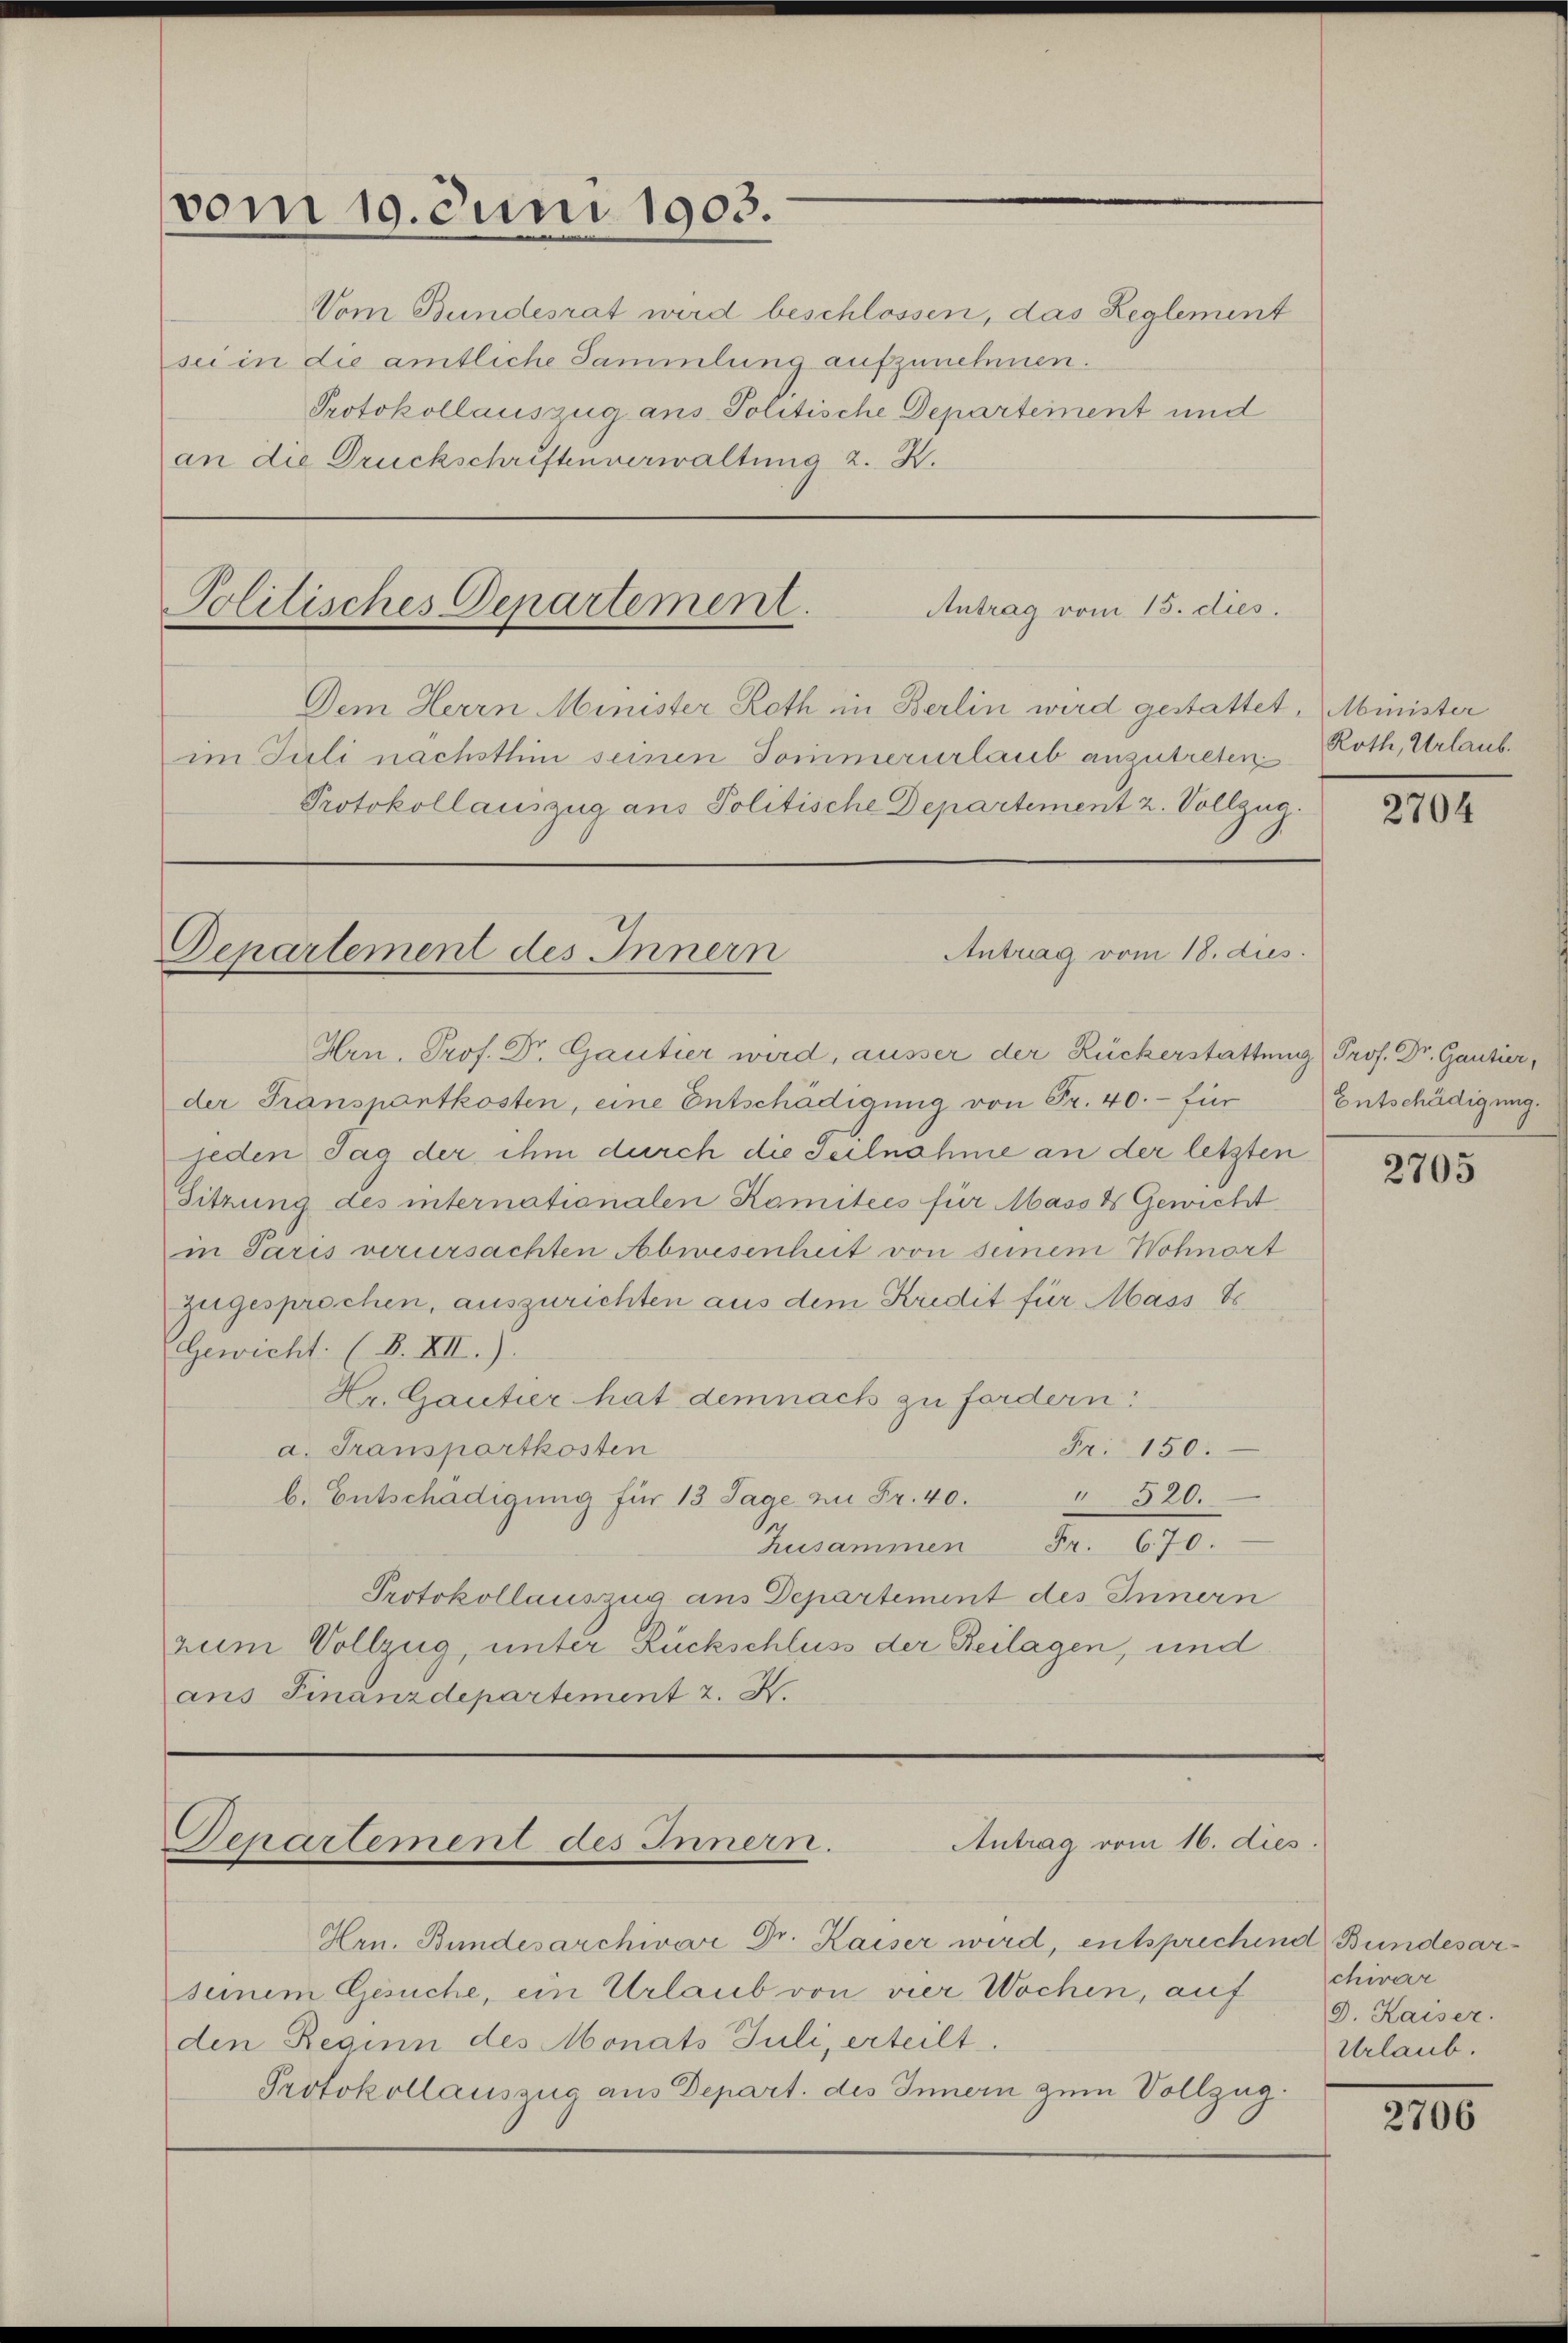
vom 10. Juni 1903.

Protokollauszug ans Politische Departement und
an die Druckschriften verwaltung 2. X.

Politisches Departement.
Antrag vom 15. dies
Dem Herrn Minister Roth in Berlin wird gestattet, Minister

Vom Bundesrat wird beschlossen, das Reglement
sei in die amtliche Sammlung aufzunehmen.

im Juli nächsthin seinen Sommerurlaub anzutreten
Protokollauszug aus Politische Departement 2. Vollzug.

Antrag vom 18. dies
Departement des Innern

Hrn. Prof. Dr. Gautier wird, ausser der Rückerstattung Prof. Dr. Gantier,
der Transportkosten, eine Entschädigung von Fr. 40. für
jeden Tag der ihm durch die Teilnahme an der letzten
Sitzung des internationalen Komitees für Masses Gewicht
in Paris verursachten Abwesenheit von seinem Wohnort
zugesprochen, auszurichten aus dem Kredit für Mass S.
Gewicht. (B. XII.).
Hr. Gautier hat demnach zu fordern:
a. Transportkosten
Fr. 150.
 320.
b. Entschädigung für 13 Tage zu Fr. 40.
Zusammen Fr. 670.
Protokollauszug aus Departement des Innern
zum Vollzug, unter Rückschluss der Beilagen, und
ans Finanzdepartement 2. X.

Hrn. Bundesarchivar Dr. Kaiser wird, entsprechend Bundesarseinem Gesuche, ein Urlaub von vier Wochen, auf
den Reginn des Monats Juli, erteilt.
Protokollauszug aus Depart. des Innern zum Vollzug

Antrag vom 16. dies
Bepartement des Innern.

Roth, Urlaub.

Entschädigung.

chivar
9. Kaiser.
Urlaub.

2704

2705

2706